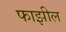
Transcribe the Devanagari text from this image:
फाझील